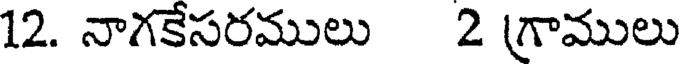
12. నాగకేసరములు 2 గ్రాములు